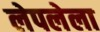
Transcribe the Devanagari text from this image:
लेपलेला